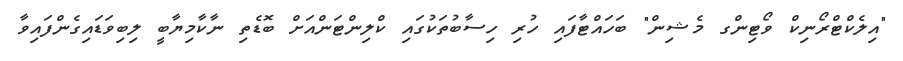
"އިލެކްޓްރޯނިކް ވޯޓިންގ މެޝިން" ބަހައްޓާފައި ހުރި ހިސާބުތަކުގައި ކްލިންޓަންއަށް ބޮޑެތި ނާކާމިޔާބީ ލިބިވަޑައިގެންފައިވާ